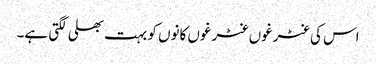
اس کی غٹرغوں غٹرغوں کانوں کو بہت بھلی لگتی ہے۔